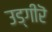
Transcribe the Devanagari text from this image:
उड्गीरॆ